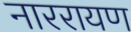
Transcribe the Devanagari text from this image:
नाररायण